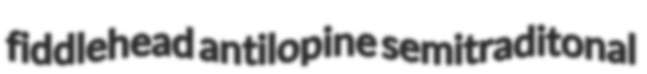
fiddlehead antilopine semitraditonal